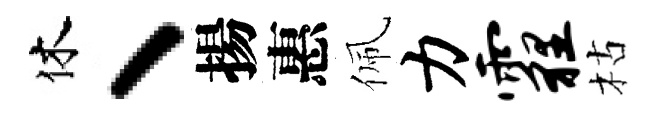
休、揚惠佩力霾枯